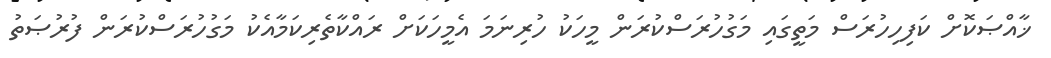
ޚާއްޞަކޮށް ކަފިހިހުރަސް މަތީގައި މަގުހުރަސްކުރަން މީހަކު ހުރިނަމަ އެމީހަކަށް ރައްކާތެރިކަމާއެކު މަގުހުރަސްކުރަން ފުރުޞަތު